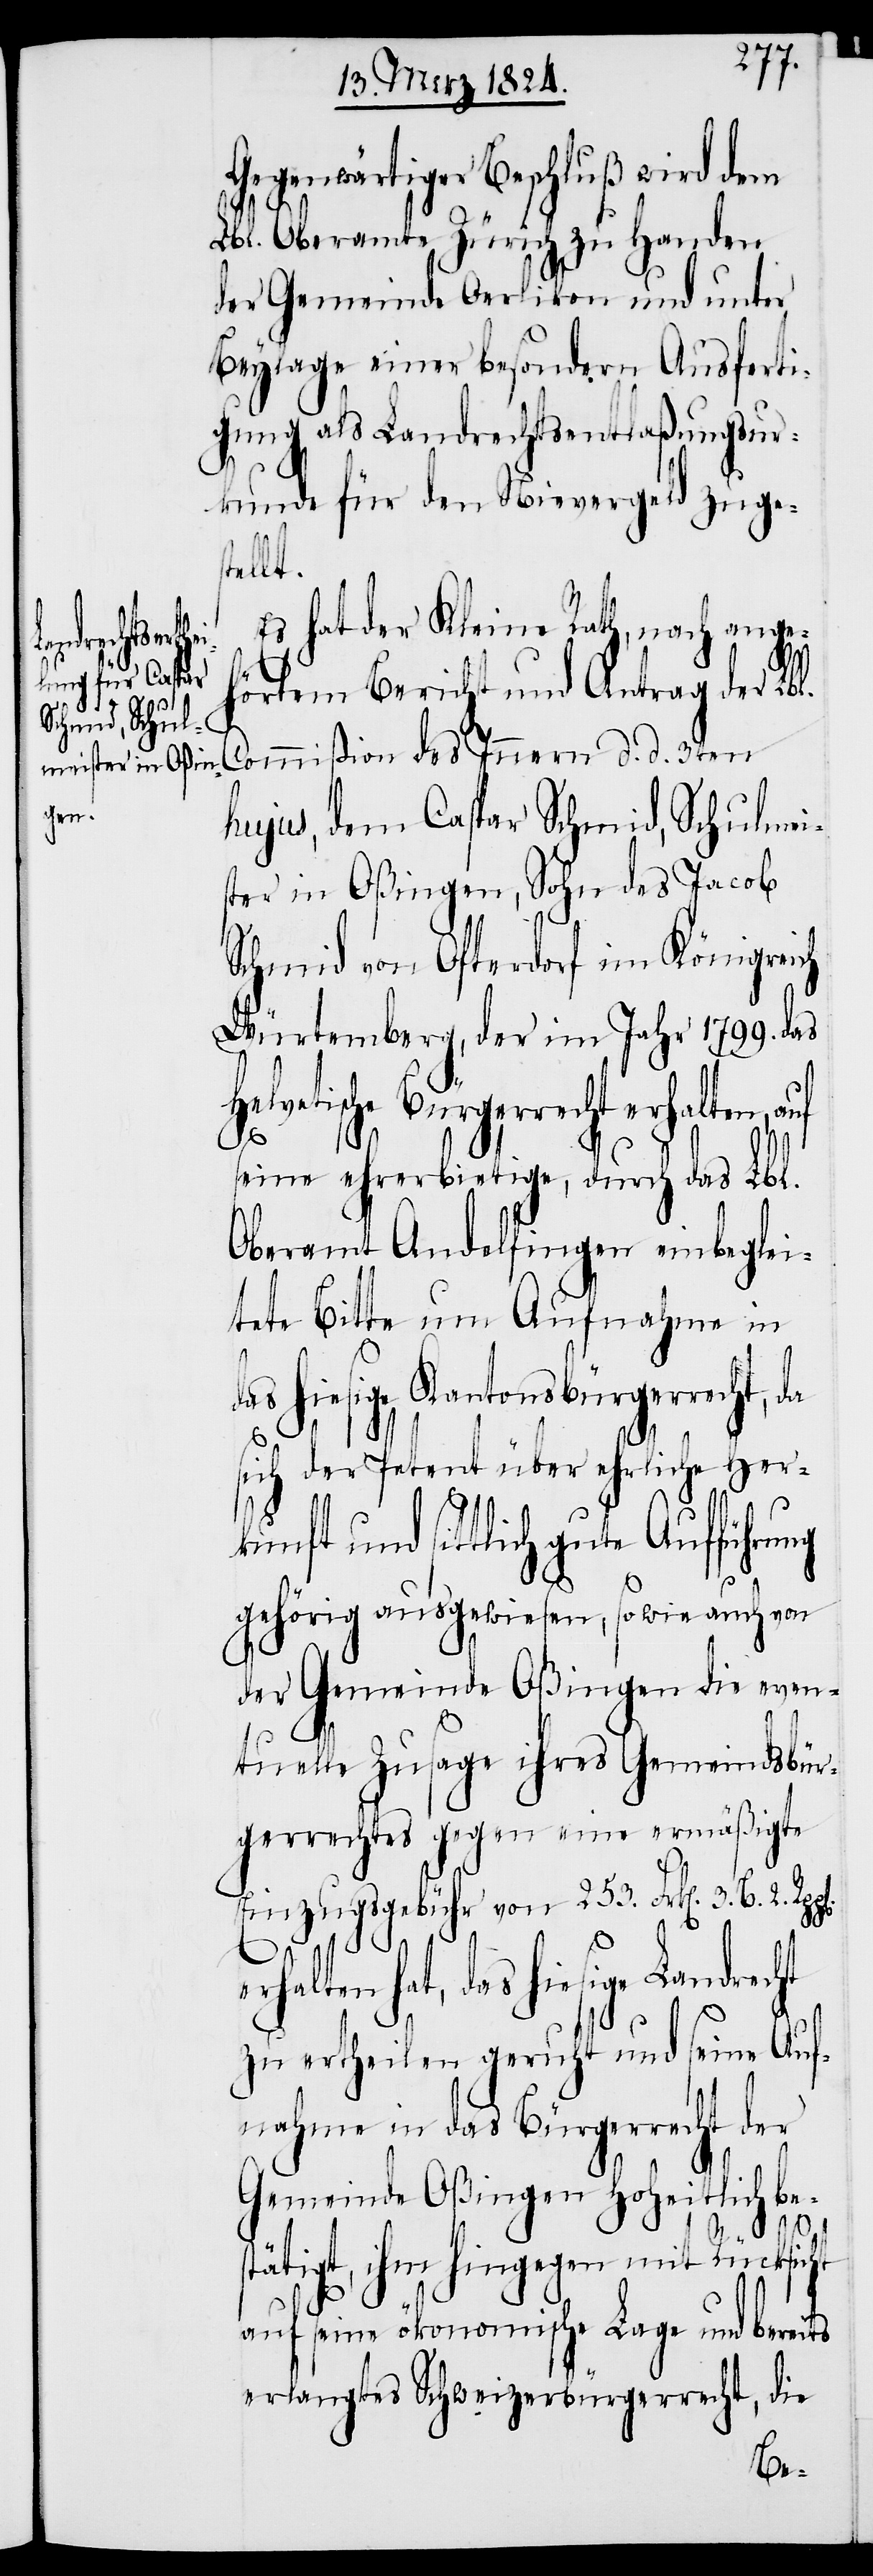
Gegenwärtiger Beschluß wird dem
Lbl. Oberamte Zürich zu Handen
der Gemeinde Oerlikon und unter
Beylage einer besondern Ausferti¬
gung als Landrechtsentlaßungsur¬
kunde für den Nievergeld zuges¬
kunft
Es hat der Kleine Rath, nach angeh¬
örtem Bericht und Antrag der Lbl.
Commißion des Innern d. d. 3ten
hujus, dem Caspar Schmid, Schulmei¬
ster in Oßingen, Sohn des Jacob
Schmid von Ofterdorf im Königreich
Würtemberg, der im Jahr 1799. das
Helvetische Bürgerrecht erhalten, auf
ts
seine ehrerbietige, durch das Lbl.
Oberamt Andelfingen einbeglei¬
tete Bitte um Aufnahme in
as hiesige Kantonsbürgerrecht,
sich der Petent über ehrliche Her¬
und sittlich gute Aufführung
gehörig ausgewiesen, sowie auch von
der Gemeinde Oßingen die even¬
tuelle Zusage ihres Gemeindsbür¬
gerrechtes gegen eine ermäßigte
Einzugsgebühr von 253. Frk[en]. 3. B.
e¬
rhalten hat, das hiesige Landrec¬
zu ertheilen geruht und seine Auf¬
nahme in das Bürgerrecht der
Gemeinde Oßingen Hoheitlich be¬
stätigt, ihm hingegen mit Rücksicht
auf seine ökonomische Lage und berei¬
erlangtes Schweizerbürgerrecht, die